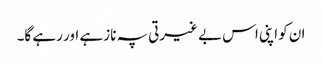
ان کو اپنی اس بے غیرتی پہ ناز ہے اور رہے گا۔